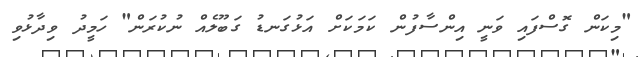
"މިކަން ގޮސްފައި ވަނީ އިންސާފުން ކަމަކަށް އަޅުގަނޑު ގަބޫލެއް ނުކުރަން" ހަމީދު ވިދާޅުވި